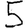
Digit: 5